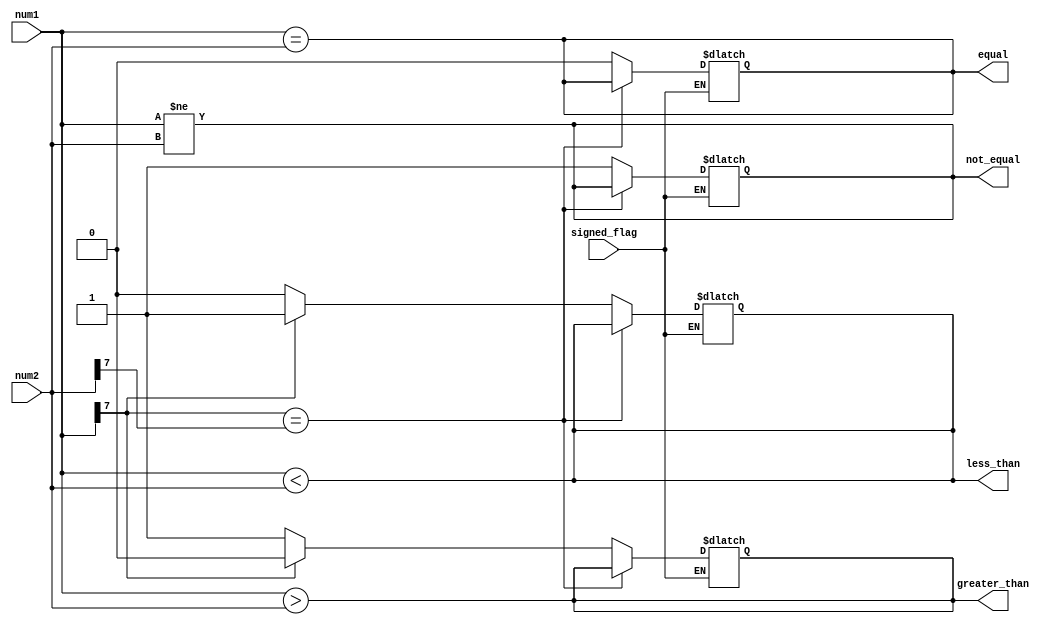
module comparator(
    input [7:0] num1,
    input [7:0] num2,
    input signed_flag,
    output equal,
    output not_equal,
    output greater_than,
    output less_than
);

// Logic for unsigned comparison
assign equal = (num1 == num2);
assign not_equal = (num1 != num2);
assign greater_than = (num1 > num2);
assign less_than = (num1 < num2);

// Logic for signed comparison
always @(*)
begin
    if(signed_flag)
    begin
        if(num1[7] == num2[7])
        begin
            equal = (num1 == num2);
            not_equal = (num1 != num2);
            greater_than = (num1 > num2);
            less_than = (num1 < num2);
        end
        else if(num1[7] == 1)
        begin
            equal = 0;
            not_equal = 1;
            greater_than = 0;
            less_than = 1;
        end
        else
        begin
            equal = 0;
            not_equal = 1;
            greater_than = 1;
            less_than = 0;
        end
    end
end

endmodule